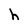
Character: h